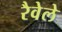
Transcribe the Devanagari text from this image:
रैवेले